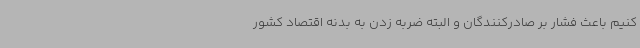
کنیم باعث فشار بر صادرکنندگان و البته ضربه زدن به بدنه اقتصاد کشور